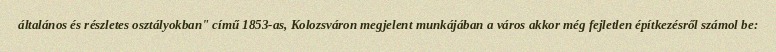
általános és részletes osztályokban" című 1853-as, Kolozsváron megjelent munkájában a város akkor még fejletlen építkezésről számol be: